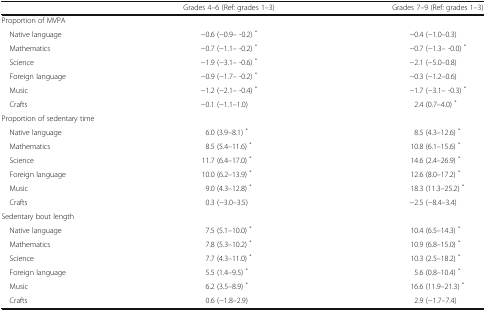
|  | Grades 4–6 (Ref: grades 1–3) | Grades 7–9 (Ref: grades 1–3) |
 | --- | --- | --- |
 | <COLSPAN=3> Proportion of MVPA |
 | Native language | −0.6 (−0.9– -0.2) * | −0.4 (−1.0–0.3) |
 | Mathematics | −0.7 (−1.1– -0.2) * | −0.7 (−1.3– -0.0) * |
 | Science | −1.9 (−3.1– -0.6) * | −2.1 (−5.0–0.8) |
 | Foreign language | −0.9 (−1.7– -0.2) * | −0.3 (−1.2–0.6) |
 | Music | −1.2 (−2.1– -0.4) * | −1.7 (−3.1– -0.3) * |
 | Crafts | −0.1 (−1.1–1.0) | 2.4 (0.7–4.0) * |
 | <COLSPAN=3> Proportion of sedentary time |
 | Native language | 6.0 (3.9–8.1) * | 8.5 (4.3–12.6) * |
 | Mathematics | 8.5 (5.4–11.6) * | 10.8 (6.1–15.6) * |
 | Science | 11.7 (6.4–17.0) * | 14.6 (2.4–26.9) * |
 | Foreign language | 10.0 (6.2–13.9) * | 12.6 (8.0–17.2) * |
 | Music | 9.0 (4.3–12.8) * | 18.3 (11.3–25.2) * |
 | Crafts | 0.3 (−3.0–3.5) | −2.5 (−8.4–3.4) |
 | <COLSPAN=3> Sedentary bout length |
 | Native language | 7.5 (5.1–10.0) * | 10.4 (6.5–14.3) * |
 | Mathematics | 7.8 (5.3–10.2) * | 10.9 (6.8–15.0) * |
 | Science | 7.7 (4.3–11.0) * | 10.3 (2.5–18.2) * |
 | Foreign language | 5.5 (1.4–9.5) * | 5.6 (0.8–10.4) * |
 | Music | 6.2 (3.5–8.9) * | 16.6 (11.9–21.3) * |
 | Crafts | 0.6 (−1.8–2.9) | 2.9 (−1.7–7.4) |